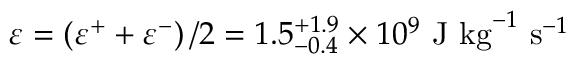
\varepsilon = \left( \varepsilon ^ { + } + \varepsilon ^ { - } \right) / 2 = 1 . 5 _ { - 0 . 4 } ^ { + 1 . 9 } \times 1 0 ^ { 9 } ~ \mathrm { J } ~ \mathrm { k g } ^ { - 1 } ~ \mathrm { s } ^ { - 1 }